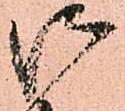
御